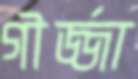
গীর্জ্জা